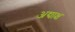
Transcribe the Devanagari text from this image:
अद्याक्ष